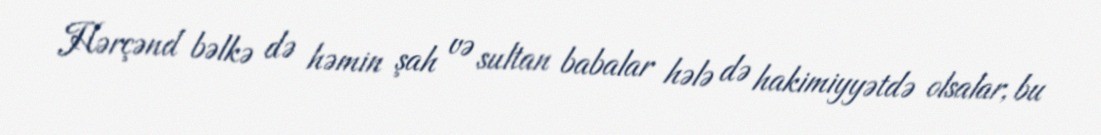
Hərçənd bəlkə də həmin şah və sultan babalar hələ də hakimiyyətdə olsalar, bu